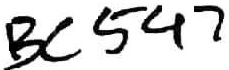
Text: BC547